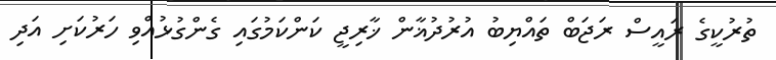
ތުރުކީގެ ރައީސް ރަޖަބް ތައްޔިބު އުރުދުޣާން ޚާރިޖީ ކަންކަމުގައި ގެންގުޅުއްވި ހަރުކަށި އަދި